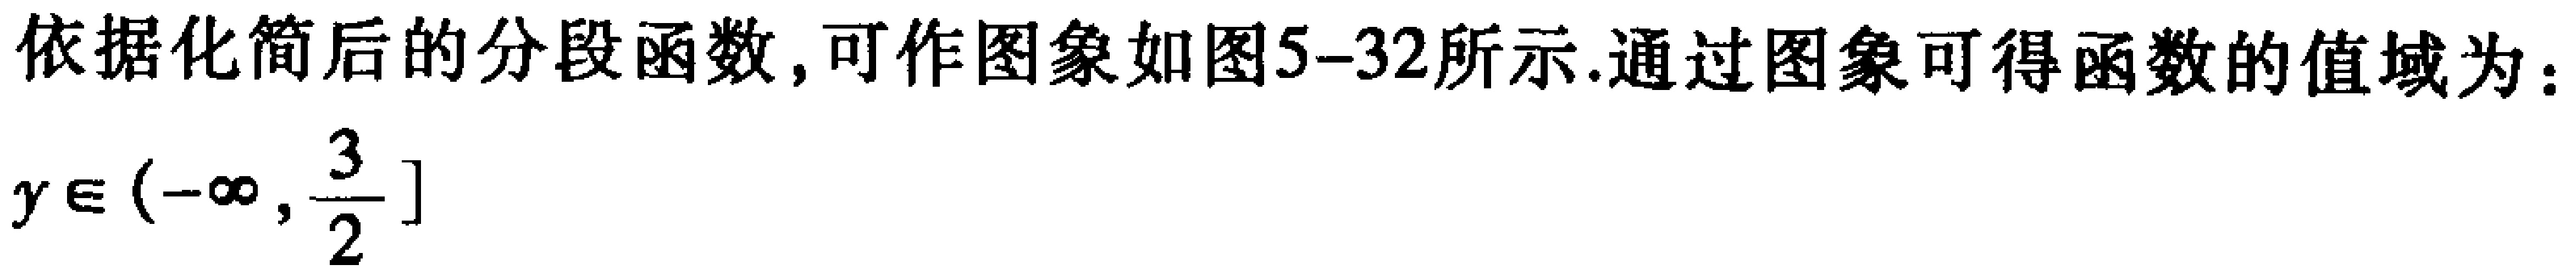
依据化简后的分段函数,可作图象如图5-32所示.通过图象可得函数的值域为：
\(y\in\left(-\infty,\frac{3}{2}\right]\)